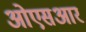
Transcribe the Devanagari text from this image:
ओएसआर